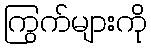
ကြွက်များကို